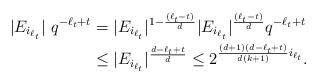
LaTeX: \begin{align*}|E_{i_{\ell_t}}|~ q^{-\ell_t+t} &=|E_{i_{\ell_t}}|^{1-\frac{(\ell_t-t)}{d}} |E_{i_{\ell_t}}|^{\frac{(\ell_t-t)}{d}} q^{-\ell_t+t}\\&\le |E_{i_{\ell_t}}|^{\frac{d-\ell_t+t}{d}} \le 2^{\frac{(d+1)(d-\ell_t+t)}{d(k+1)}i_{\ell_t}}. \end{align*}